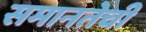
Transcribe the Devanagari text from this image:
समानतेची